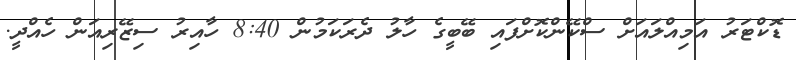
ޑޮކްޓަރު އަމިއްލައަށް ސްކޭންކޮށްފައި ބޭބީގެ ހާލު ދެރަކަމުން 8:40 ހާއިރު ސިޒޭރިއަން ހެއްދީ.